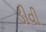
ડીવી